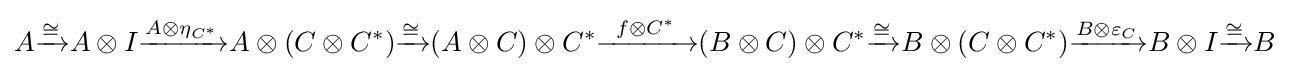
A{\xrightarrow {\cong }}A\otimes I{\xrightarrow {A\otimes \eta _{C^{*}}}}A\otimes (C\otimes C^{*}){\xrightarrow {\cong }}(A\otimes C)\otimes C^{*}{\xrightarrow {\;\;f\otimes C^{*}\;\;}}(B\otimes C)\otimes C^{*}{\xrightarrow {\cong }}B\otimes (C\otimes C^{*}){\xrightarrow {B\otimes \varepsilon _{C}}}B\otimes I{\xrightarrow {\cong }}B